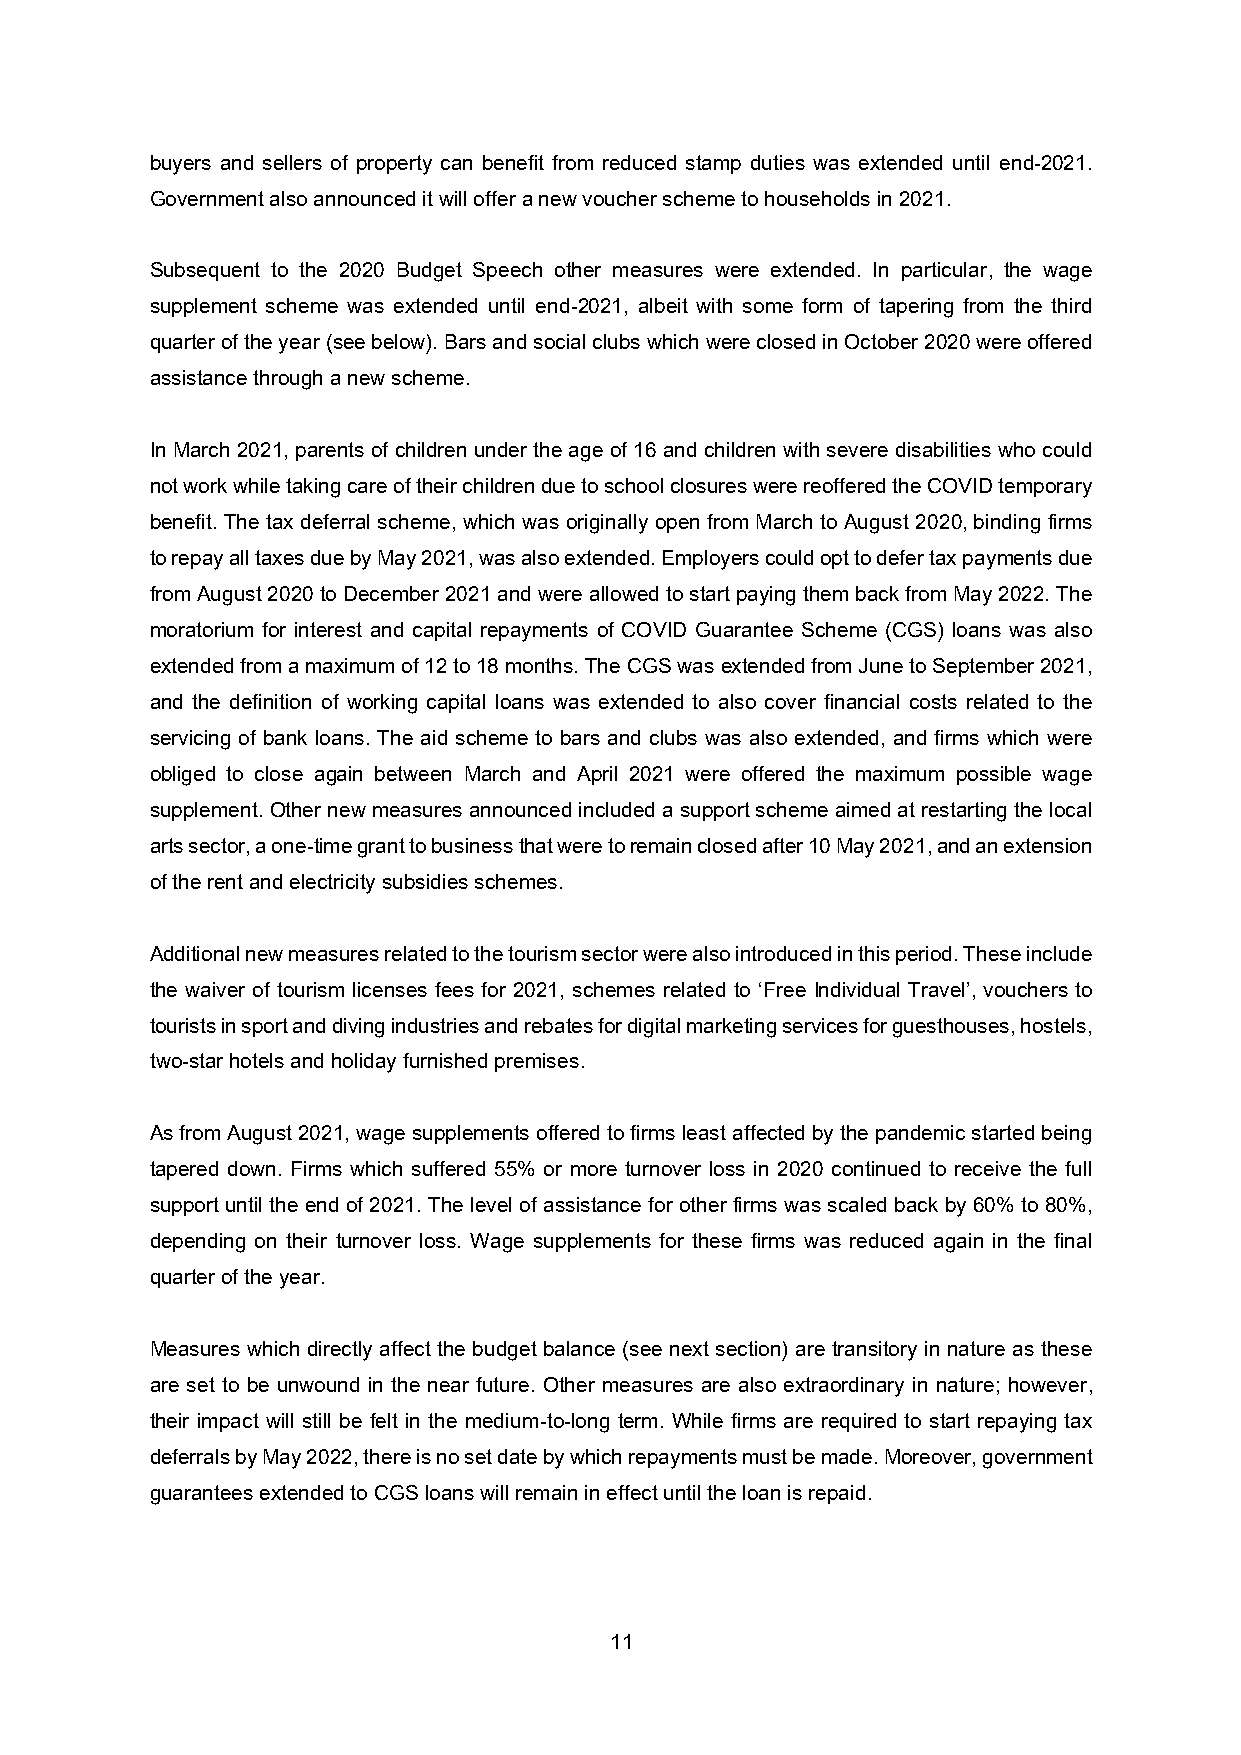
buyers and sellers of property can benefit from reduced stamp duties was extended until end-2021.
 Government also announced it will offer a new voucher scheme to households in 2021.
 Subsequent to the 2020 Budget Speech other measures were extended. In particular, the wage
 supplement scheme was extended until end-2021, albeit with some form of tapering from the third
 quarter of the year (see below). Bars and social clubs which were closed in October 2020 were offered
 assistance through a new scheme.
 In March 2021, parents of children under the age of 16 and children with severe disabilities who could
 not work while taking care of their children due to school closures were reoffered the COVID temporary
 benefit. The tax deferral scheme, which was originally open from March to August 2020, binding firms
 to repay all taxes due by May 2021, was also extended. Employers could opt to defer tax payments due
 from August 2020 to December 2021 and were allowed to start paying them back from May 2022. The
 moratorium for interest and capital repayments of COVID Guarantee Scheme (CGS) loans was also
 extended from a maximum of 12 to 18 months. The CGS was extended from June to September 2021,
 and the definition of working capital loans was extended to also cover financial costs related to the
 servicing of bank loans. The aid scheme to bars and clubs was also extended, and firms which were
 obliged to close again between March and April 2021 were offered the maximum possible wage
 supplement. Other new measures announced included a support scheme aimed at restarting the local
 arts sector, a one-time grant to business that were to remain closed after 10 May 2021, and an extension
 of the rent and electricity subsidies schemes.
 Additional new measures related to the tourism sector were also introduced in this period. These include
 the waiver of tourism licenses fees for 2021, schemes related to ‘Free Individual Travel’, vouchers to
 tourists in sport and diving industries and rebates for digital marketing services for guesthouses, hostels,
 two-star hotels and holiday furnished premises.
 As from August 2021, wage supplements offered to firms least affected by the pandemic started being
 tapered down. Firms which suffered 55% or more turnover loss in 2020 continued to receive the full
 support until the end of 2021. The level of assistance for other firms was scaled back by 60% to 80%,
 depending on their turnover loss. Wage supplements for these firms was reduced again in the final
 quarter of the year.
 Measures which directly affect the budget balance (see next section) are transitory in nature as these
 are set to be unwound in the near future. Other measures are also extraordinary in nature; however,
 their impact will still be felt in the medium-to-long term. While firms are required to start repaying tax
 deferrals by May 2022, there is no set date by which repayments must be made. Moreover, government
 guarantees extended to CGS loans will remain in effect until the loan is repaid.
 11